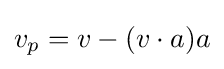
v_{p}=v-(v\cdot a)a